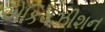
એકિવઝીશન